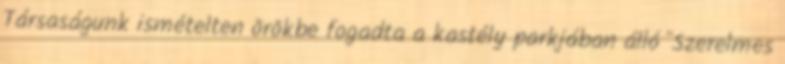
Társaságunk ismételten örökbe fogadta a kastély parkjában álló "Szerelmes